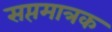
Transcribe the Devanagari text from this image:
सप्तमात्रक